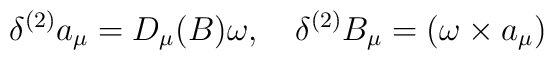
\delta^{(2)} a_{\mu} = D_{\mu}(B)\omega, \quad\delta^{(2)} B_{\mu} = (\omega \times a_{\mu})